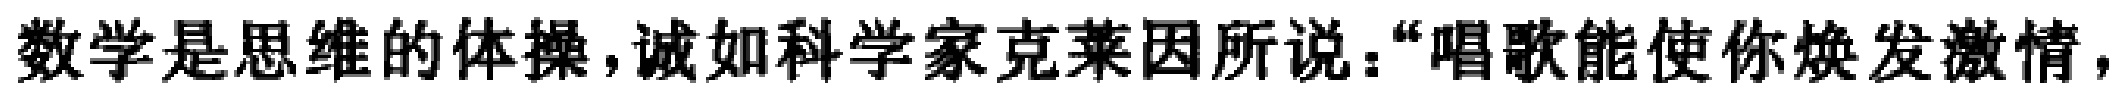
数学是思维的体操,诚如科学家克莱因所说：“唱歌能使你焕发激情，